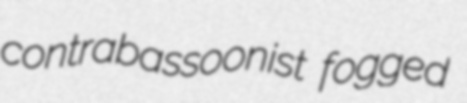
contrabassoonist fogged